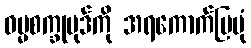
ဓမ္မစက္ခုပုဒ်ကို အရကောက်ပြပုံ